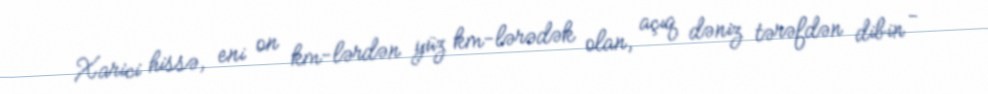
Xarici hissə, eni on km-lərdən yüz km-lərədək olan, açıq dəniz tərəfdən dibin -